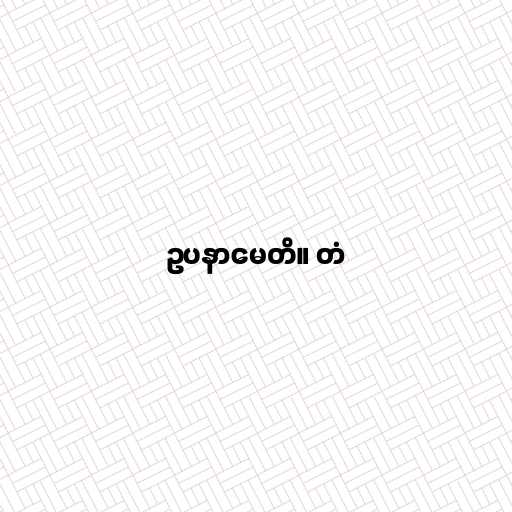
ဥပနာမေတိ။ တံ